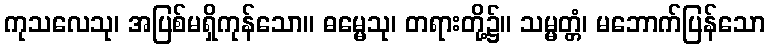
ကုသလေသု၊ အပြစ်မရှိကုန်သော။ ဓမ္မေသု၊ တရားတို့၌။ သမ္မတ္တံ၊ မဘောက်ပြန်သော